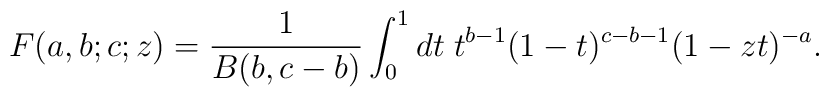
F(a,b;c;z)=\frac{1}{B(b,c-b)}\int_{0}^{1}{dt\; t^{b-1}(1-t)^{c-b-1}(1-zt)^{-a}}.